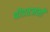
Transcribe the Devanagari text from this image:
पीडतजनों